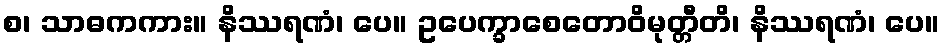
စ၊ သာဓကကား။ နိဿရဏံ၊ ပေ။ ဥပေက္ခာစေတောဝိမုတ္တီတိ၊ နိဿရဏံ၊ ပေ။